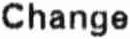
CHANGE